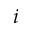
i